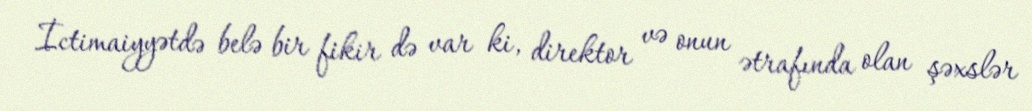
İctimaiyyətdə belə bir fikir də var ki, direktor və onun ətrafında olan şəxslər